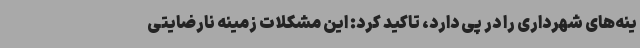
ینه‌های شهرداری را در پی دارد، تاکید کرد: این مشکلات زمینه نارضایتی